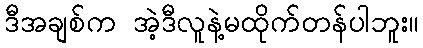
ဒီအချစ်က အဲ့ဒီလူနဲ့မထိုက်တန်ပါဘူး။